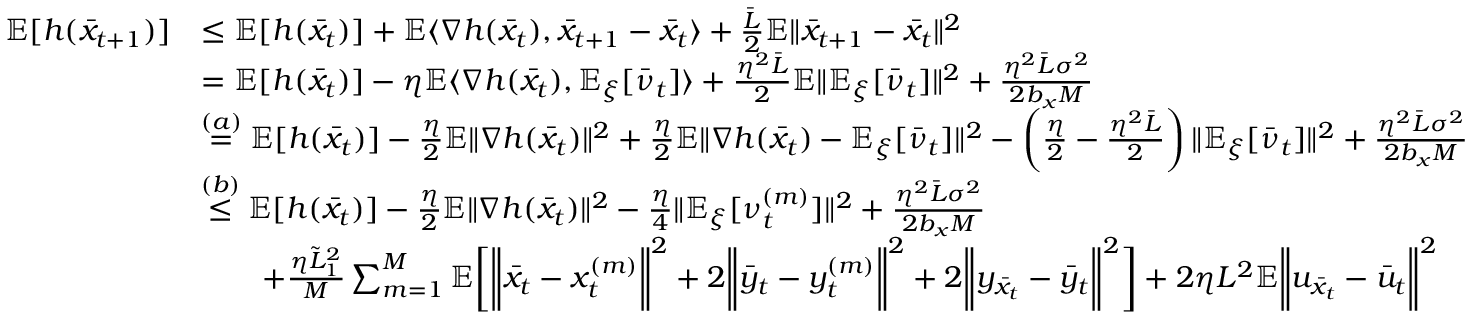
\begin{array} { r l } { \mathbb { E } [ h ( \bar { x } _ { t + 1 } ) ] } & { \leq \mathbb { E } [ h ( \bar { x } _ { t } ) ] + \mathbb { E } \langle \nabla h ( \bar { x } _ { t } ) , \bar { x } _ { t + 1 } - \bar { x } _ { t } \rangle + \frac { \bar { L } } { 2 } \mathbb { E } \| \bar { x } _ { t + 1 } - \bar { x } _ { t } \| ^ { 2 } } \\ & { = \mathbb { E } [ h ( \bar { x } _ { t } ) ] - \eta \mathbb { E } \langle \nabla h ( \bar { x } _ { t } ) , \mathbb { E } _ { \xi } [ \bar { \nu } _ { t } ] \rangle + \frac { \eta ^ { 2 } \bar { L } } { 2 } \mathbb { E } \| \mathbb { E } _ { \xi } [ \bar { \nu } _ { t } ] \| ^ { 2 } + \frac { \eta ^ { 2 } \bar { L } \sigma ^ { 2 } } { 2 b _ { x } M } } \\ & { \overset { ( a ) } { = } \mathbb { E } [ h ( \bar { x } _ { t } ) ] - \frac { \eta } { 2 } \mathbb { E } \| \nabla h ( \bar { x } _ { t } ) \| ^ { 2 } + \frac { \eta } { 2 } \mathbb { E } \| \nabla h ( \bar { x } _ { t } ) - \mathbb { E } _ { \xi } [ \bar { \nu } _ { t } ] \| ^ { 2 } - \left( \frac { \eta } { 2 } - \frac { \eta ^ { 2 } \bar { L } } { 2 } \right) \| \mathbb { E } _ { \xi } [ \bar { \nu } _ { t } ] \| ^ { 2 } + \frac { \eta ^ { 2 } \bar { L } \sigma ^ { 2 } } { 2 b _ { x } M } } \\ & { \overset { ( b ) } { \leq } \mathbb { E } [ h ( \bar { x } _ { t } ) ] - \frac { \eta } { 2 } \mathbb { E } \| \nabla h ( \bar { x } _ { t } ) \| ^ { 2 } - \frac { \eta } { 4 } \| \mathbb { E } _ { \xi } [ \nu _ { t } ^ { ( m ) } ] \| ^ { 2 } + \frac { \eta ^ { 2 } \bar { L } \sigma ^ { 2 } } { 2 b _ { x } M } } \\ & { \qquad + \frac { \eta \tilde { L } _ { 1 } ^ { 2 } } { M } \sum _ { m = 1 } ^ { M } \mathbb { E } \bigg [ \bigg \| \bar { x } _ { t } - x _ { t } ^ { ( m ) } \bigg \| ^ { 2 } + 2 \bigg \| \bar { y } _ { t } - y _ { t } ^ { ( m ) } \bigg \| ^ { 2 } + 2 \bigg \| y _ { \bar { x } _ { t } } - \bar { y } _ { t } \bigg \| ^ { 2 } \bigg ] + 2 \eta L ^ { 2 } \mathbb { E } \bigg \| u _ { \bar { x } _ { t } } - \bar { u } _ { t } \bigg \| ^ { 2 } } \end{array}